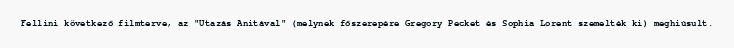
Fellini következő filmterve, az "Utazás Anitával" (melynek főszerepére Gregory Pecket és Sophia Lorent szemelték ki) meghiúsult.